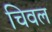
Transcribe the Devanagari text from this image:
चिवल